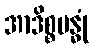
အာဒိစ္စဗန္ဓုံ